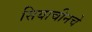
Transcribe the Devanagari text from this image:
सियाचीनचे